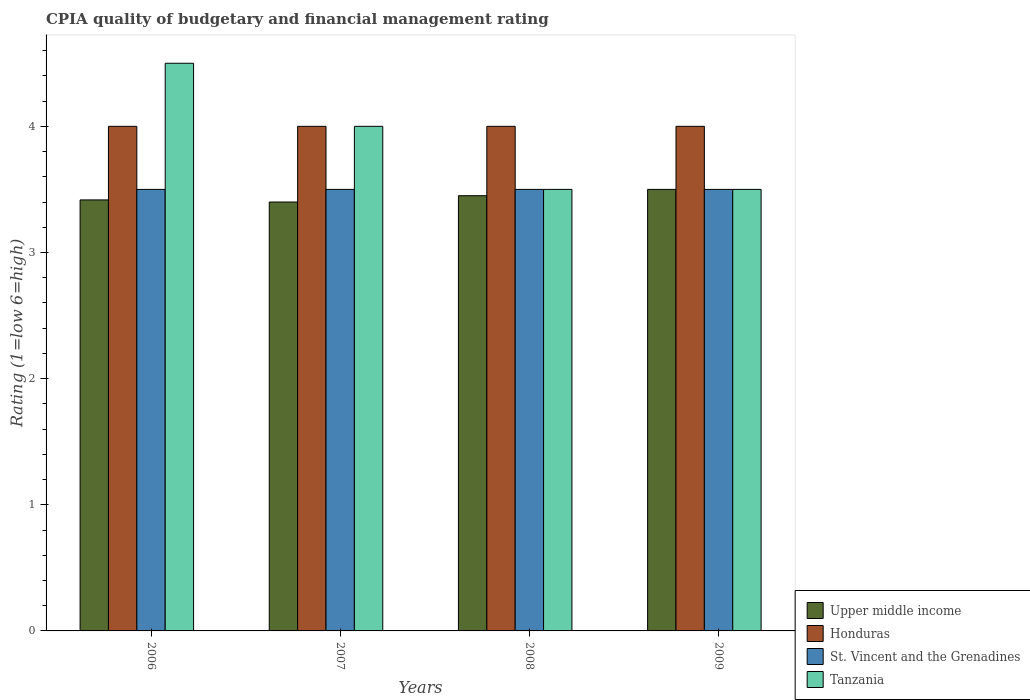
| Years | Upper middle income | Honduras | St. Vincent and the Grenadines | Tanzania |
 | --- | --- | --- | --- | --- |
 | 2006 | 3.42 | 4 | 3.5 | 4.5 |
 | 2007 | 3.4 | 4 | 3.5 | 4 |
 | 2008 | 3.45 | 4 | 3.5 | 3.5 |
 | 2009 | 3.5 | 4 | 3.5 | 3.5 |